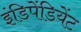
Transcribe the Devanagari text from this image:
इंडिपेंडियेंट